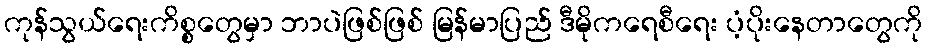
ကုန်သွယ်ရေးကိစ္စတွေမှာ ဘာပဲဖြစ်ဖြစ် မြန်မာပြည် ဒီမိုကရေစီရေး ပံ့ပိုးနေတာတွေကို